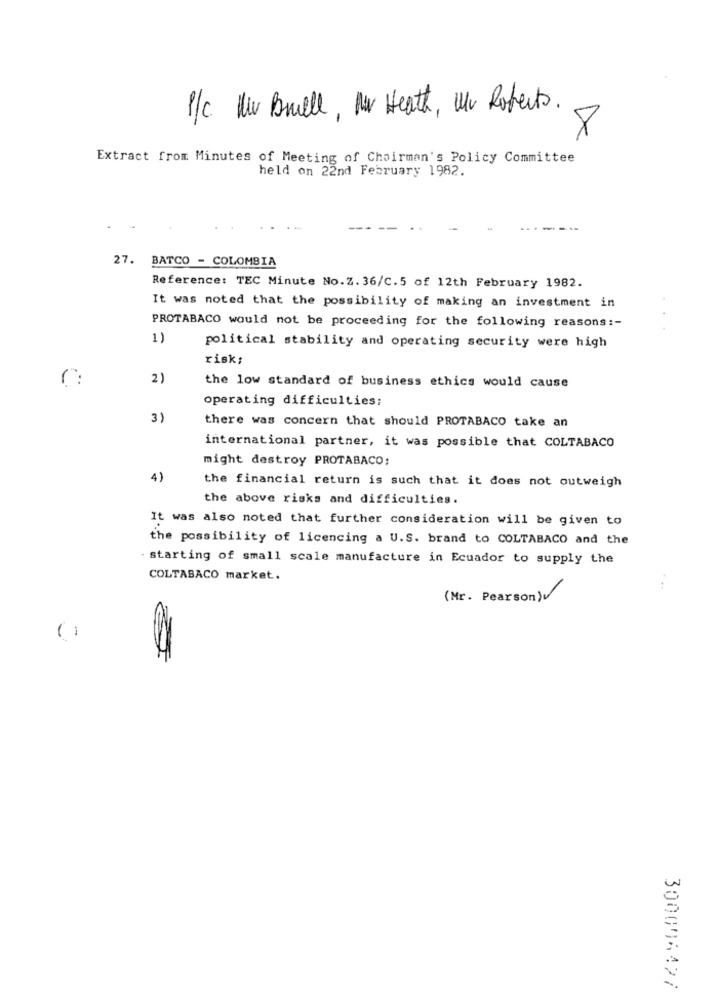
P/c Nu Buell, Mor Heath, Uv Roberts.
8
Extract from Minutes of Meeting of Chairman's Policy Committee
held on 22nd February 1982.
27. BATCO - COLOMBIA
Reference: TEC Minute No.Z. 36/C.5 of 12th February 1982.
It was noted that the possibility of making an investment in
PROTABACO would not be proceeding for the following reasons :-
1)
political stability and operating security were high
risk;
r:
2)
the low standard of business ethics would cause
operating difficulties:
3)
there was concern that should PROTABACO take an
international partner, it was possible that COLTABACO
might destroy PROTABACO;
4)
the financial return is such that it does not outweigh
the above risks and difficulties.
It was also noted that further consideration will be given to
the possibility of licencing a U.S. brand to COLTABACO and the
· starting of small scale manufacture in Ecuador to supply the
COLTABACO market.
....
(Mr. Pearson)
300006427